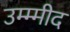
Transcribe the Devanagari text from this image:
उम्म्मीद